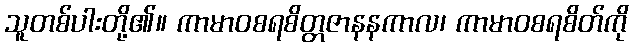
သူတစ်ပါးတို့၏။ ကာမာဝစရစိတ္တဇာနနကာလ၊ ကာမာဝစရစိတ်ကို